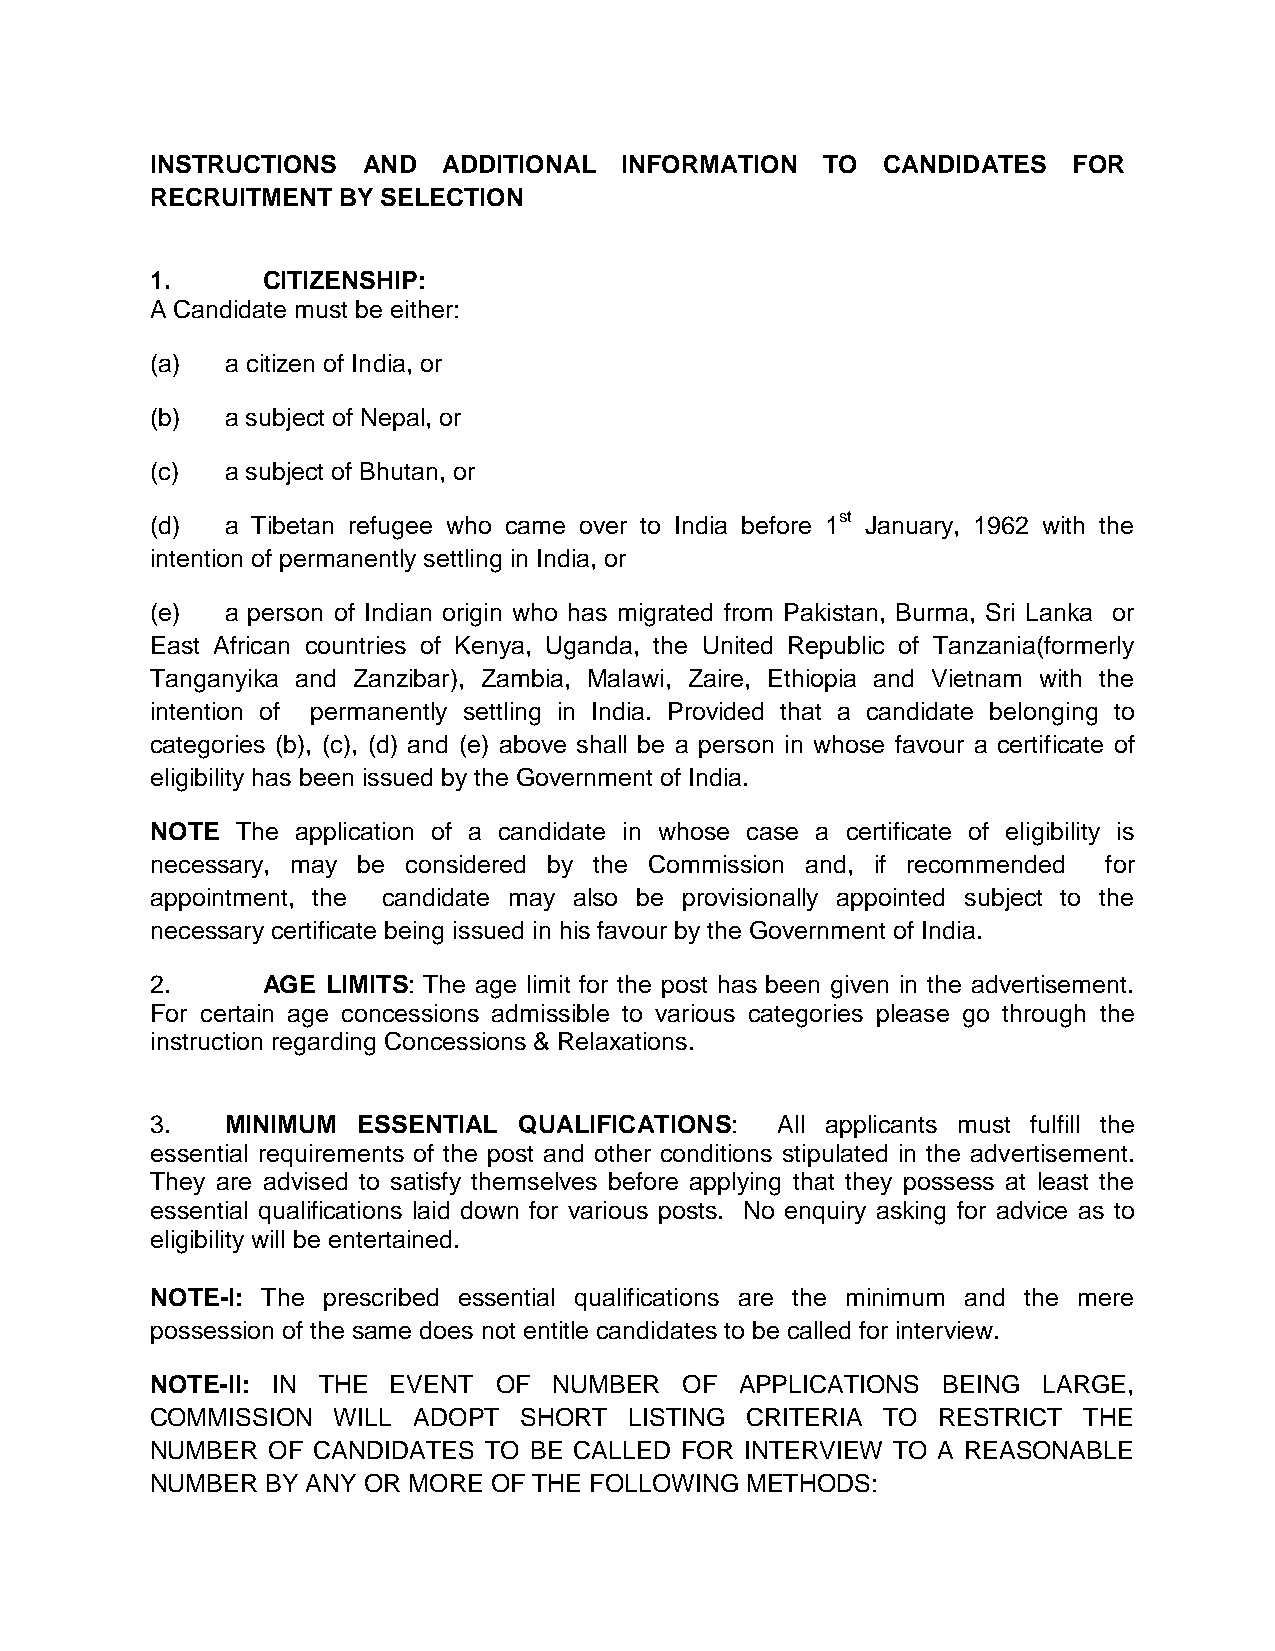
INSTRUCTIONS  AND  ADDITIONAL  INFORMATION  TO  CANDIDATES   FOR
 RECRUITMENT BY SELECTION
 1.     CITIZENSHIP:
 A Candidate must be either:
 (a)  a citizen of India, or
 (b)  a subject of Nepal, or
 (c)  a subject of Bhutan, or
 (d)  a Tibetan refugee who came over to India before 1st January, 1962 with the
 intention of permanently settling in India, or
 (e)  a person of Indian origin who has migrated from Pakistan, Burma, Sri Lanka or
 East African countries of Kenya, Uganda, the United Republic of Tanzania(formerly
 Tanganyika and Zanzibar), Zambia, Malawi, Zaire, Ethiopia and Vietnam with the
 intention of permanently settling in India. Provided that a candidate belonging to
 categories (b), (c), (d) and (e) above shall be a person in whose favour a certificate of
 eligibility has been issued by the Government of India.
 NOTE  The application of a candidate in whose case a certificate of eligibility is
 necessary, may be considered by the Commission and, if recommended for
 appointment, the candidate may also be provisionally appointed subject to the
 necessary certificate being issued in his favour by the Government of India.
 2.     AGE  LIMITS: The age limit for the post has been given in the advertisement.
 For certain age concessions admissible to various categories please go through the
 instruction regarding Concessions & Relaxations.
 3.   MINIMUM  ESSENTIAL QUALIFICATIONS:  All applicants must fulfill the
 essential requirements of the post and other conditions stipulated in the advertisement.
 They are advised to satisfy themselves before applying that they possess at least the
 essential qualifications laid down for various posts. No enquiry asking for advice as to
 eligibility will be entertained.
 NOTE-I: The prescribed essential qualifications are the minimum and the mere
 possession of the same does not entitle candidates to be called for interview.
 NOTE-II: IN THE EVENT  OF  NUMBER  OF  APPLICATIONS BEING  LARGE,
 COMMISSION  WILL ADOPT  SHORT   LISTING CRITERIA TO RESTRICT  THE
 NUMBER  OF CANDIDATES TO BE CALLED FOR INTERVIEW TO A REASONABLE
 NUMBER  BY ANY OR MORE OF THE FOLLOWING METHODS: